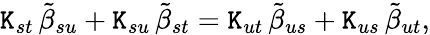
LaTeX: \mathtt{K}_{st}\, {\tilde{{\beta}}}_{su}+\mathtt{K}_{su}\, {\tilde{{\beta}}}_{st}=\mathtt{K}_{ut}\, {\tilde{{\beta}}}_{us}+\mathtt{K}_{us}\, {\tilde{{\beta}}}_{ut},